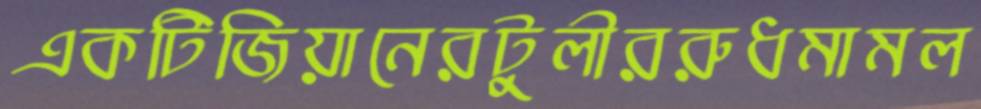
একটিজিয়ানেরটুলীররুধমামল